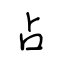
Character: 占